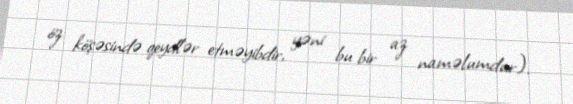
öz köşəsində qeydlər etməyibdir, yəni bu bir az naməlumdur).